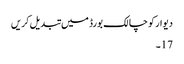
دیوار کو چالک بورڈ میں تبدیل کریں
17۔